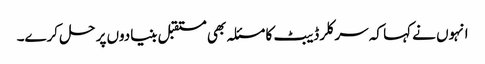
انہوں نے کہا کہ سرکلر ڈیبٹ کا مسئلہ بھی مستقبل بنیادوں پر حل کرے۔